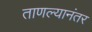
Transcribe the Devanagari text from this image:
ताणल्यानंतर